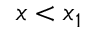
x < x _ { 1 }